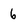
Character: 6